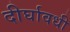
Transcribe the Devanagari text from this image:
दीर्घावधी